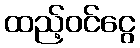
ထည့်ဝင်ငွေ